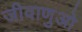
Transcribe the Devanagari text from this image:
जीवाणुओ